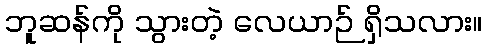
ဘူဆန်ကို သွားတဲ့ လေယာဉ် ရှိသလား။